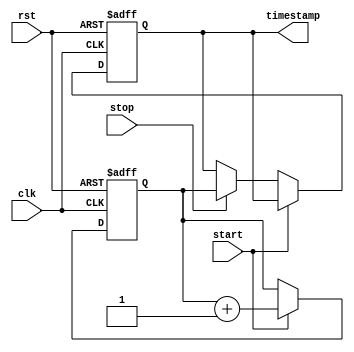
module time_stamping_timer(
    input wire clk,             // System clock input
    input wire rst,             // Reset signal
    input wire start,           // Start signal
    input wire stop,            // Stop signal
    output reg [31:0] timestamp // Timestamp output
);

reg [31:0] counter;    // High-resolution counter

always @(posedge clk or posedge rst) begin
    if (rst) begin
        counter <= 0;
        timestamp <= 0;
    end else begin
        if (start) begin
            counter <= counter + 1;
        end else if (stop) begin
            timestamp <= counter;
        end
    end
end

endmodule